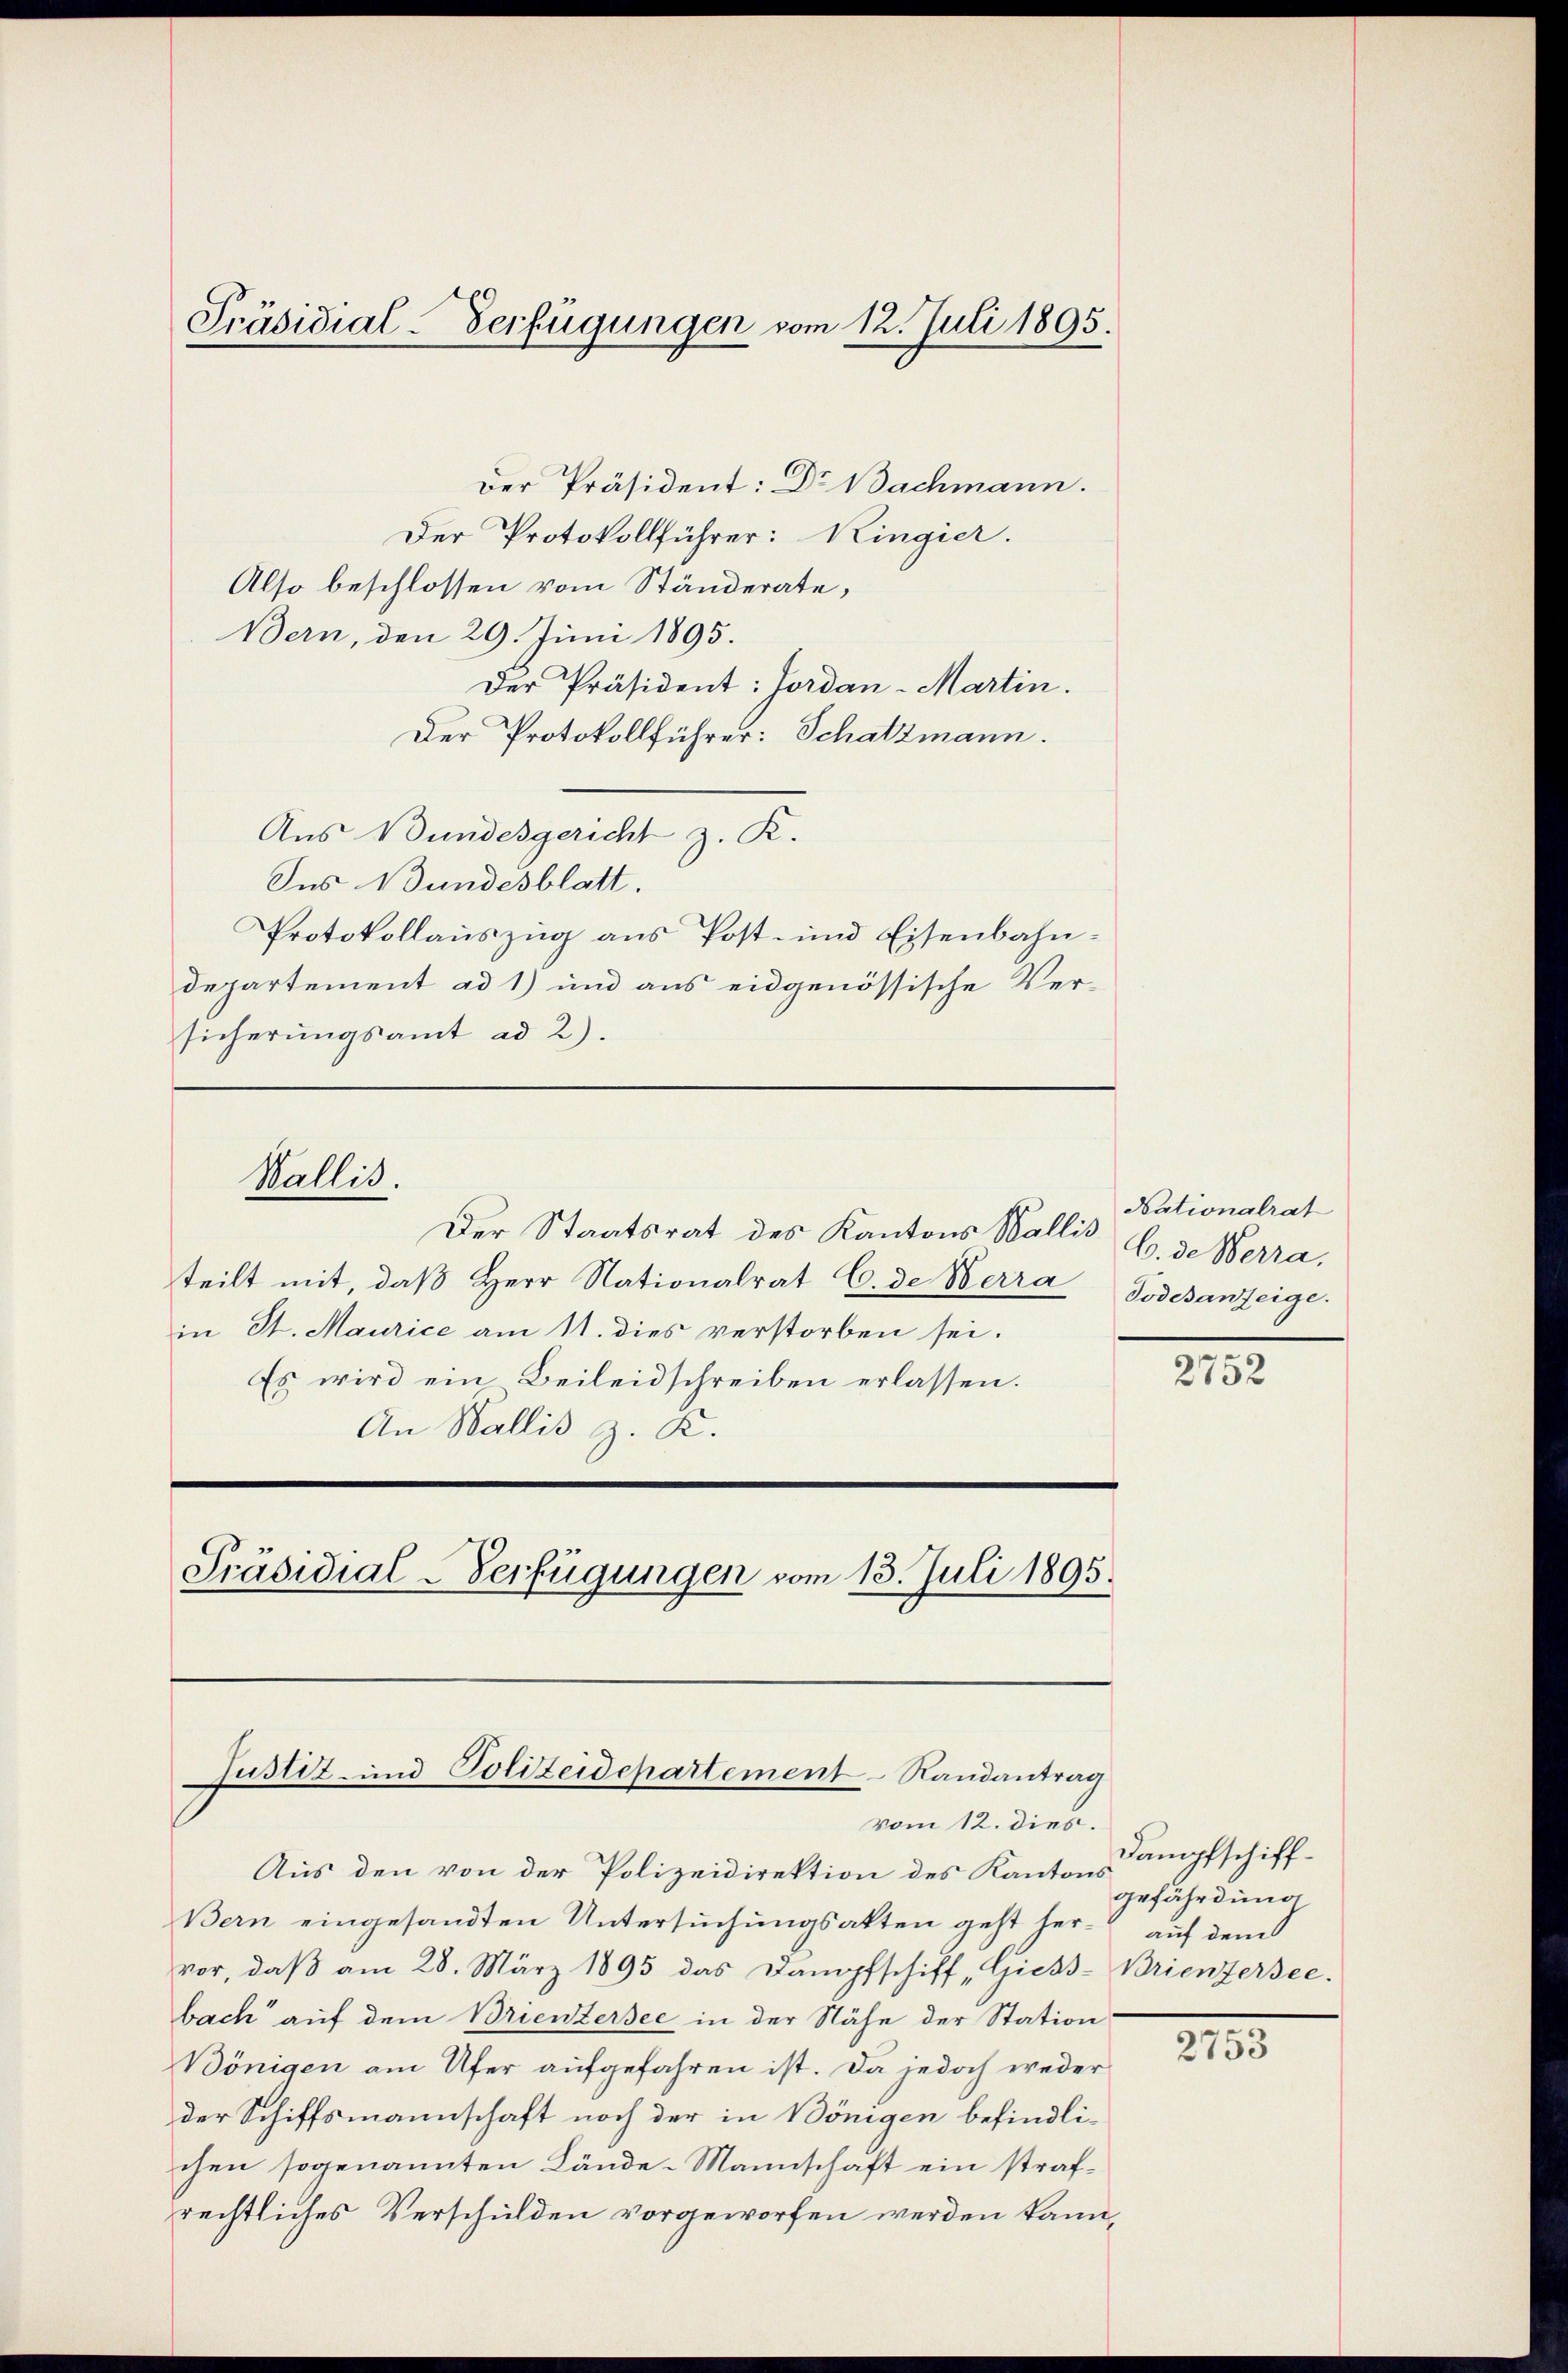
Der Präsident: Dr Nachmann.
Der Protokollführer: Ringier.
Also beschlossen vom Ständerate,
Bern, den 29. Juni 1895.
Der Präsident: Jordan-Martin.
Der Protokollführer: Schatzmann.
Aus Bundesgericht z. R.
Ins Wundesblatt.
Protokollauszug aus Post- und Eisenbahndepartement ad 1) und aus eidgenössische Versicherungsamt ad 2).

Präsidial-Verfügungen vom 12. Juli 1895.

Wallis.

Der Staatsrat des Kantons Wallis u. de Werra,
teilt mit, daβ Herr Nationalrat C. de Verra Todesanzeige
in St. Maurice am 11. dies verstorben sei.
Es wird ein Beileidschreiben erlassen.
An Wallis z. K.

Präsidial-Verfügungen vom 13. Juli 1895.

Justiz- und Polizeidepartement-Randantrag
vom 12. dies.

Aus den von der Polizeidirektion des Kantons
Bern eingesandten Untersuchungsakten geht hervor, daβ am 28. März 1895 das Dampfschiff „Giess-Brienzersee.
bach auf dem Brientersee in der Nähe der Station:
Bönigen am Ufer aufgefahren ist. Da jedoch weder
der Schiffsmannschaft noch der in Bönigen befindlichen sogenannten Lände-Mannschaft ein strafrechtliches Verschulden vorgeworfen werden kann,

Nationalrat

2752

Dampfschiffgefährdung
auf dem

2